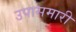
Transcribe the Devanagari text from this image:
उपासमारी